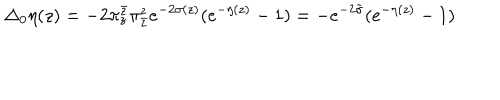
\Delta _ { 0 } \eta ( z ) = - 2 \pi _ { z } ^ { \bar { z } } \pi _ { \bar { z } } ^ { z } e ^ { - 2 \sigma ( z ) } ( e ^ { - \eta ( z ) } - 1 ) = - e ^ { - 2 \tilde { \sigma } } ( e ^ { - \eta ( z ) } - 1 )